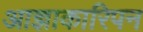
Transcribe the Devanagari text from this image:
आज्ञाकारिपन